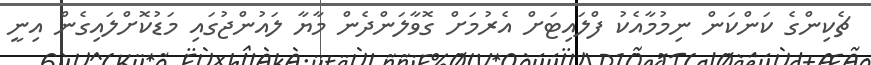
ޗެކިންގެ ކަންކަން ނިމުމާއެކު ފްލައިޓަށް އެރުމަށް ގޮވާލަންދެން މާޔާ ލައުންޖުގައި މަޑުކޮށްލައިގެން އިނީ